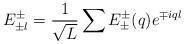
LaTeX: \begin{align*}E_{\pm l}^{\pm}=\frac{1}{\sqrt{L}}\sum E_{\pm}^{\pm}(q)e^{\mp iql}\end{align*}